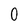
Character: 0